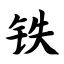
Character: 铁